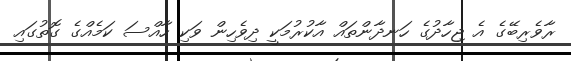
ރާވެރިބޭގެ އެ ޖިހާދުގެ ހަނދާންތައް އާކުރުމަކީ ދިވެހިން ވަކި ހާއްސަ ކަމެއްގެ ގޮތުގައި